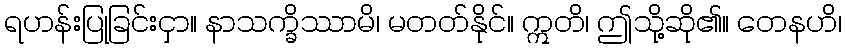
ရဟန်းပြုခြင်းငှာ။ နာသက္ခိဿာမိ၊ မတတ်နိုင်။ ဣတိ၊ ဤသို့ဆို၏။ တေနဟိ၊